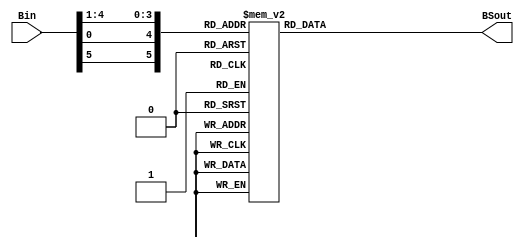
`timescale 1ns / 1ps
//////////////////////////////////////////////////////////////////////////////////
// Company: 
// Engineer: 
// 
// Design Name: 
// Module Name:    sbox6 
// Project Name: 
// Target Devices: 
// Tool versions: 
// Description: 
//
// Dependencies: 
//
// Revision: 
// Revision 0.01 - File Created
// Additional Comments: 
//
//////////////////////////////////////////////////////////////////////////////////
module sbox6(
     Bin,
     BSout
    );
	 input [6:1] Bin;
    output reg [4:1] BSout;
	 wire [6:1] offset;
	 assign offset = {Bin[6], Bin[1], Bin[5 : 2]}; 	  	 
	 always @(offset) 	  	  
	 begin  	   	    
	 case (offset)             
	 6'b000000:  BSout <= 4'd12;             
	 6'b000001:  BSout <= 4'd1;             
	 6'b000010:  BSout <= 4'd10;            
	 6'b000011:  BSout <= 4'd15;             
	 6'b000100:  BSout <= 4'd9;             
	 6'b000101:  BSout <= 4'd2;             
	 6'b000110:  BSout <= 4'd6;             
	 6'b000111:  BSout <= 4'd8;             
	 6'b001000:  BSout <= 4'd0;             
	 6'b001001:  BSout <= 4'd13;             
	 6'b001010:  BSout <= 4'd3;             
	 6'b001011:  BSout <= 4'd4;             
	 6'b001100:  BSout <= 4'd14;             
	 6'b001101:  BSout <= 4'd7;             
	 6'b001110:  BSout <= 4'd5;             
	 6'b001111:  BSout <= 4'd11;             
	 6'b010000:  BSout <= 4'd10;             
	 6'b010001:  BSout <= 4'd15;             
	 6'b010010:  BSout <= 4'd4;             
	 6'b010011:  BSout <= 4'd2;             
	 6'b010100:  BSout <= 4'd7;             
	 6'b010101:  BSout <= 4'd12;             
	 6'b010110:  BSout <= 4'd9;             
	 6'b010111:  BSout <= 4'd5;             
	 6'b011000:  BSout <= 4'd6;             
	 6'b011001:  BSout <= 4'd1;             
	 6'b011010:  BSout <= 4'd13;             
	 6'b011011:  BSout <= 4'd14;             
	 6'b011100:  BSout <= 4'd0;             
	 6'b011101:  BSout <= 4'd11;             
	 6'b011110:  BSout <= 4'd3;             
	 6'b011111:  BSout <= 4'd8;             
	 6'b100000:  BSout <= 4'd9;             
	 6'b100001:  BSout <= 4'd14;             
	 6'b100010:  BSout <= 4'd15;             
	 6'b100011:  BSout <= 4'd5;             
	 6'b100100:  BSout <= 4'd2;             
	 6'b100101:  BSout <= 4'd8;             
	 6'b100110:  BSout <= 4'd12;             
	 6'b100111:  BSout <= 4'd3;             
	 6'b101000:  BSout <= 4'd7;             
	 6'b101001:  BSout <= 4'd0;             
	 6'b101010:  BSout <= 4'd4;             
	 6'b101011:  BSout <= 4'd10;             
	 6'b101100:  BSout <= 4'd1;             
	 6'b101101:  BSout <= 4'd13;             
	 6'b101110:  BSout <= 4'd11;             
	 6'b101111:  BSout <= 4'd6;             
	 6'b110000:  BSout <= 4'd4;             
	 6'b110001:  BSout <= 4'd3;             
	 6'b110010:  BSout <= 4'd2;             
	 6'b110011:  BSout <= 4'd12;             
	 6'b110100:  BSout <= 4'd9;             
	 6'b110101:  BSout <= 4'd5;            
	 6'b110110:  BSout <= 4'd15;             
	 6'b110111:  BSout <= 4'd10;            
	 6'b111000:  BSout <= 4'd11;        
	 6'b111001:  BSout <= 4'd14;        
	 6'b111010:  BSout <= 4'd1;       
	 6'b111011:  BSout <= 4'd7;       
	 6'b111100:  BSout <= 4'd6;       
	 6'b111101:  BSout <= 4'd0;       
	 6'b111110:  BSout <= 4'd8;      
	 6'b111111:  BSout <= 4'd13;      
	 default:    BSout <= 4'd0; 		
	 endcase 			 
	 end


endmodule